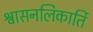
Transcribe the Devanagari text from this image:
श्वासनलिकार्ति